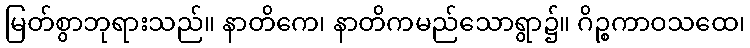
မြတ်စွာဘုရားသည်။ နာတိကေ၊ နာတိကမည်သောရွာ၌။ ဂိဉ္စကာဝသထေ၊